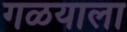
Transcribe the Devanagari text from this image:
गळयाला